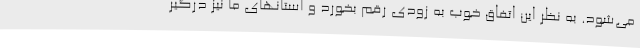
می‌شود. به نظر این اتفاق خوب به زودی رقم بخورد و استانهای ما نیز درگیر